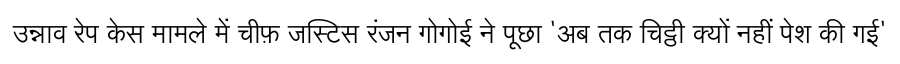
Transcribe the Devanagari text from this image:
उन्नाव रेप केस मामले में चीफ़ जस्टिस रंजन गोगोई ने पूछा 'अब तक चिट्ठी क्यों नहीं पेश की गई'